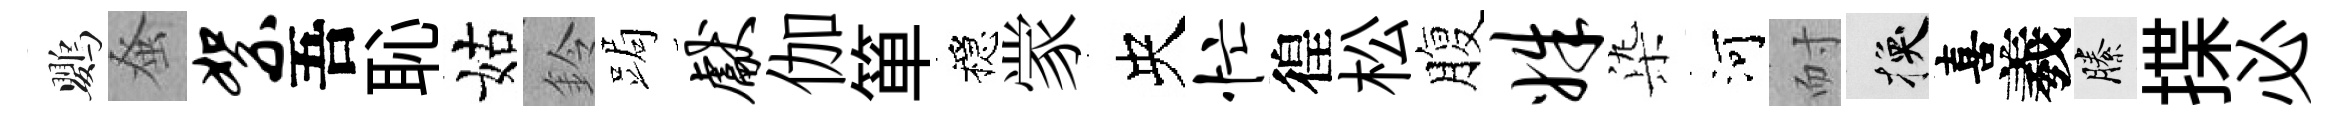
鸚𫊫絮吾恥姑鈴跼献伽箪穩䝉央忙徨松腹姝𣑱河耐换喜羲縢揲必